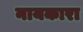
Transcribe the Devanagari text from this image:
नायकारा